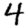
Digit: 4